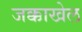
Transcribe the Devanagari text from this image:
जक्काखेल